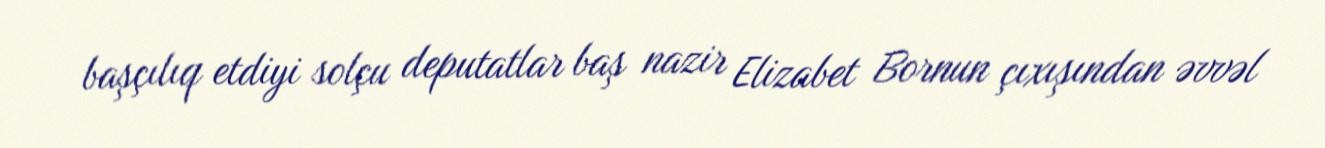
başçılıq etdiyi solçu deputatlar baş nazir Elizabet Bornun çıxışından əvvəl